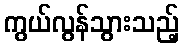
ကွယ်လွန်သွားသည့်